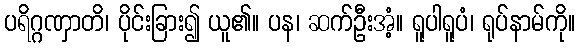
ပရိဂ္ဂဏှာတိ၊ ပိုင်းခြား၍ ယူ၏။ ပန၊ ဆက်ဦးအံ့။ ရူပါရူပံ၊ ရုပ်နာမ်ကို။